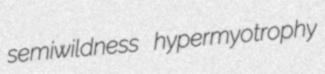
semiwildness hypermyotrophy